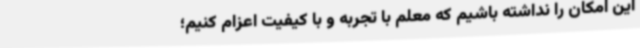
این امکان را نداشته باشیم که معلم با تجربه و با کیفیت اعزام کنیم؛